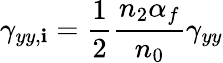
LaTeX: \gamma_{yy,\mathbf{i}}=\frac{{1}}{{2}}\frac{{n_{2}\alpha_{f}}}{{n_{0}}}\gamma_{yy}